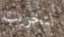
لتخريب